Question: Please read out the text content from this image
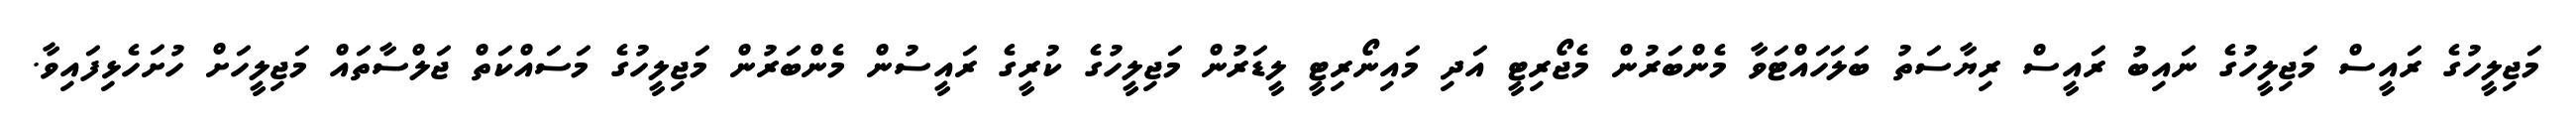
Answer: މަޖިލީހުގެ ރައީސް މަޖިލީހުގެ ނައިބު ރައީސް ރިޔާސަތު ބަލަހައްޓަވާ މެންބަރުން މެޖޯރިޓީ އަދި މައިނޯރިޓީ ލީޑަރުން މަޖިލީހުގެ ކުރީގެ ރައީސުން މެންބަރުން މަޖިލީހުގެ މަސައްކަތް ޖަލްސާތައް މަޖިލީހަށް ހުށަހެޅިފައިވާ.